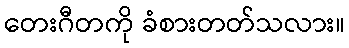
တေးဂီတကို ခံစားတတ်သလား။